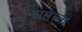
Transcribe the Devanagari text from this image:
झालेल्ला